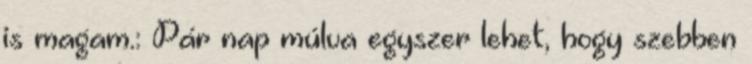
is magam.: Pár nap múlva egyszer lehet, hogy szebben